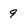
Character: 9